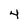
Character: 4